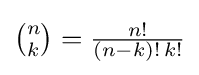
{\textstyle {\tbinom {n}{k}}={\frac {n!}{(n-k)!\,k!}}}